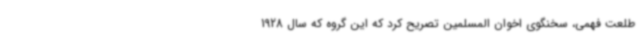
طلعت فهمی، سخنگوی اخوان المسلمین تصریح کرد که این گروه که سال 1928